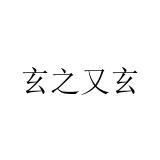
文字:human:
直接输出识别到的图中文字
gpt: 玄之又玄